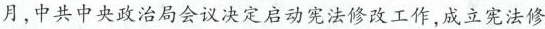
月，中共中央政治局会议决定启动宪法修改工作，成立宪法修